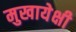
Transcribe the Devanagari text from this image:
मुखायेक्षी